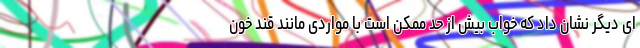
ای دیگر نشان داد که خواب بیش از حد ممکن است با مواردی مانند قند خون